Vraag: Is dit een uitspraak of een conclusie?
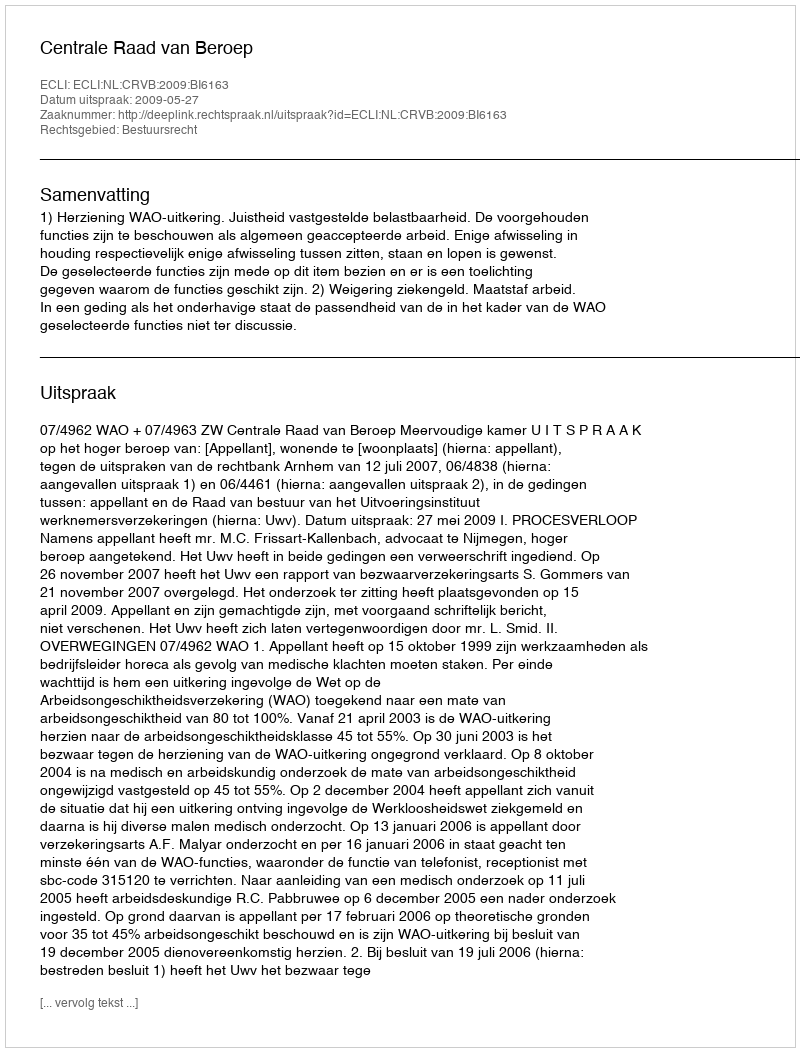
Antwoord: Uitspraak